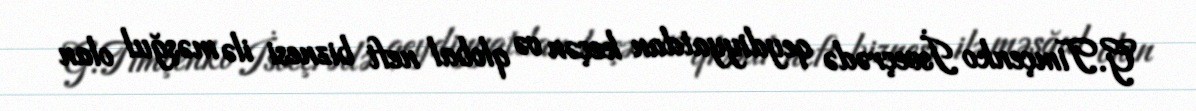
G.Timçenko İsveçrədə qeydiyyatdan keçən və qlobal neft biznesi ilə məşğul olan